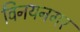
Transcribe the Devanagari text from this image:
विनयनगर